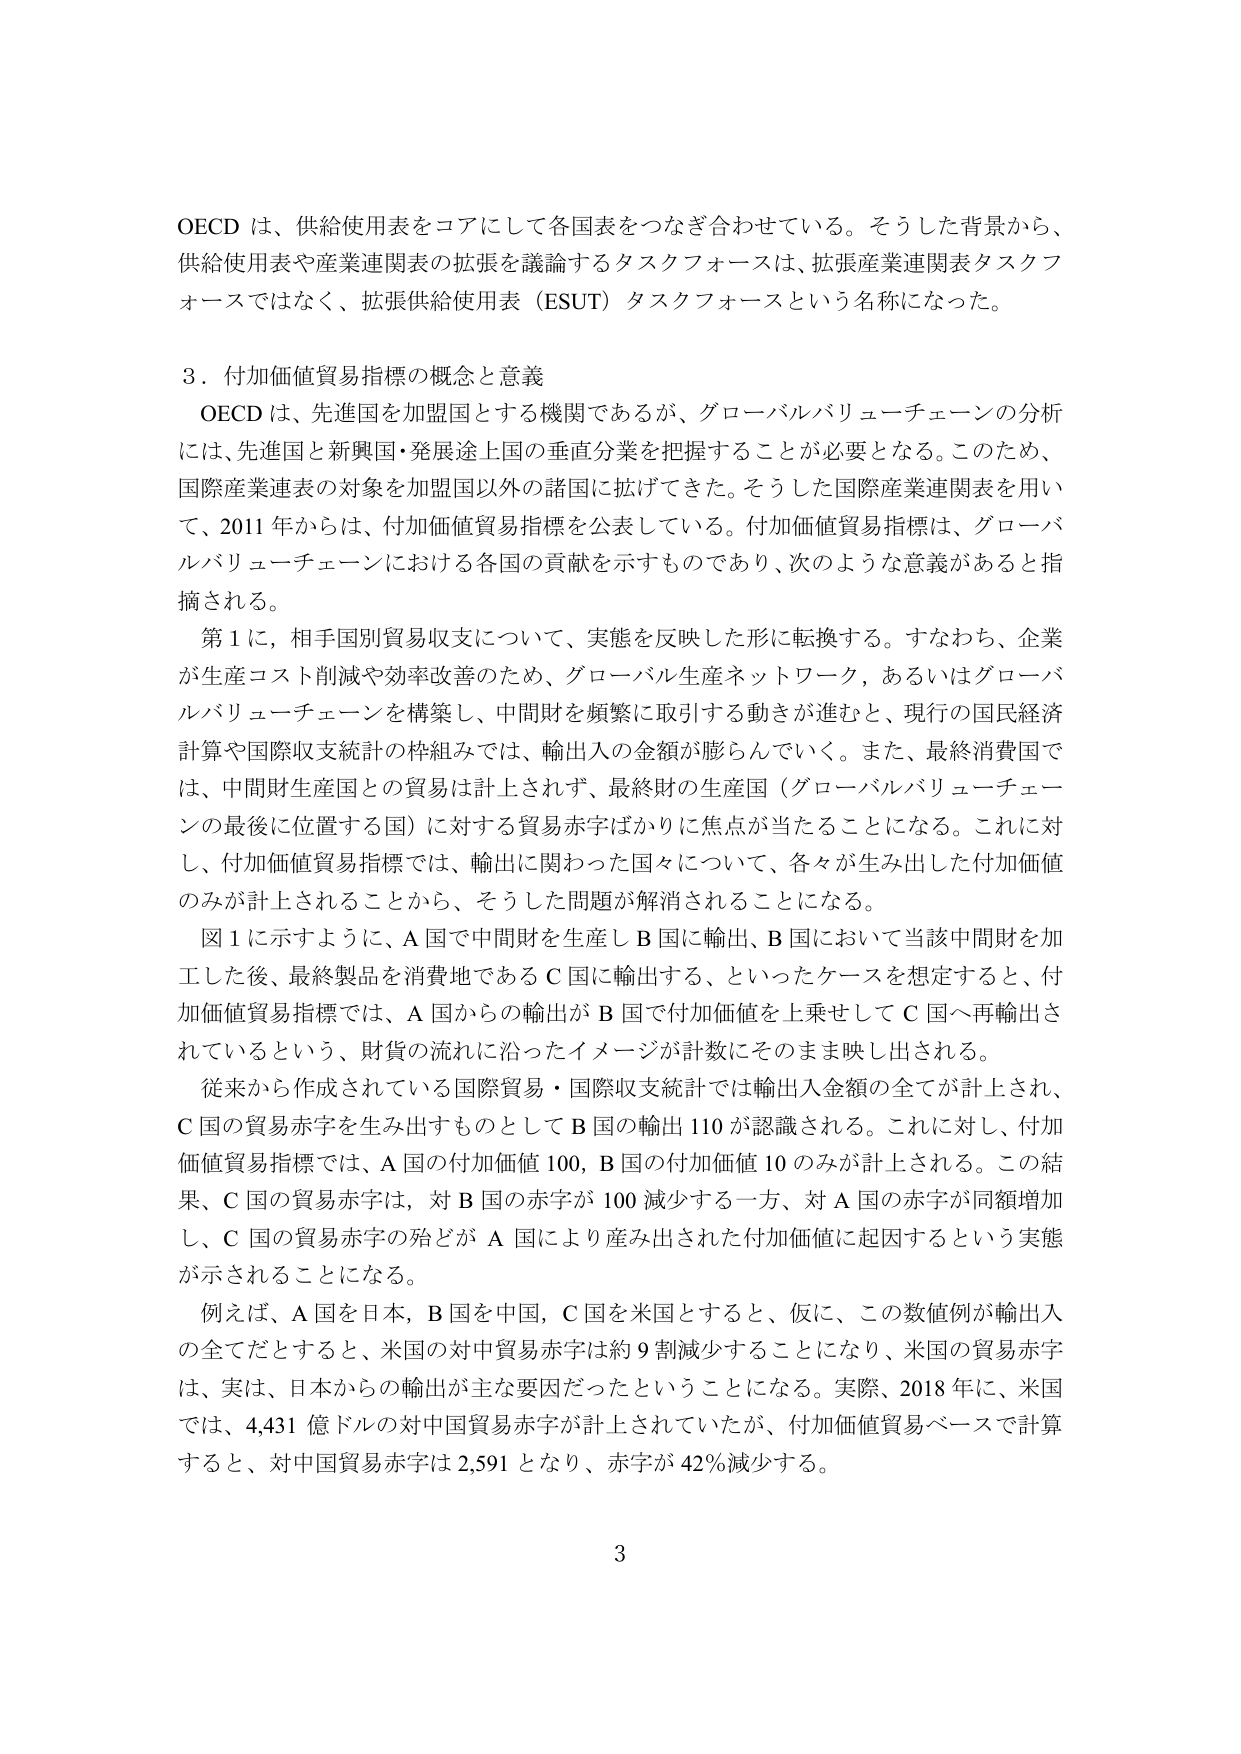
OECD は、供給使用表をコアにして各国表をつなぎ合わせている。そうした背景から、供給使用表や産業連関表の拡張を議論するタスクフォースは、拡張産業連関表タスクフォースではなく、拡張供給使用表（ESUT）タスクフォースという名称になった。

3．付加価値貿易指標の概念と意義

OECD は、先進国を加盟国とする機関であるが、グローバルバリューチェーンの分析には、先進国と新興国・発展途上国の垂直分業を把握することが必要となる。このため、国際産業連表の対象を加盟国以外の諸国に拡げてきた。そうした国際産業連関表を用いて、2011 年からは、付加価値貿易指標を公表している。付加価値貿易指標は、グローバルバリューチェーンにおける各国の貢献を示すものであり、次のような意義があると指摘される。

第1に、相手国別貿易収支について、実態を反映した形に転換する。すなわち、企業が生産コスト削減や効率改善のため、グローバル生産ネットワーク、あるいはグローバルバリューチェーンを構築し、中間財を頻繁に取引する動きが進むと、現行の国民経済計算や国際収支統計の枠組みでは、輸出入の金額が膨らんでいく。また、最終消費国では、中間財生産国との貿易は計上されず、最終財の生産国（グローバルバリューチェーンの最後に位置する国）に対する貿易赤字ばかりに焦点が当たることになる。これに対し、付加価値貿易指標では、輸出に関わった国々について、各々が生み出した付加価値のみが計上されることから、そうした問題が解消されることになる。

図1に示すように、A 国で中間財を生産し B 国に輸出、B 国において当該中間財を加工した後、最終製品を消費地である C 国に輸出する、といったケースを想定すると、付加価値貿易指標では、A 国からの輸出が B 国で付加価値を上乗せして C 国へ再輸出されているという、財貨の流れに沿ったイメージが計数にそのまま映し出される。

従来から作成されている国際貿易・国際収支統計では輸出入金額の全てが計上され、C 国の貿易赤字を生み出すものとして B 国の輸出 110 が認識される。これに対し、付加価値貿易指標では、A 国の付加価値 100、B 国の付加価値 10 のみが計上される。この結果、C 国の貿易赤字は、対 B 国の赤字が 100 減少する一方、対 A 国の赤字が同額増加し、C 国の貿易赤字の殆どが A 国により産み出された付加価値に起因するという実態が示されることになる。

例えば、A 国を日本、B 国を中国、C 国を米国とすると、仮に、この数値例が輸出入の全てだとすると、米国の対中貿易赤字は約 9 割減少することになり、米国の貿易赤字は、実は、日本からの輸出が主な要因だったということになる。実際、2018 年に、米国では、4,431 億ドルの対中国貿易赤字が計上されていたが、付加価値貿易ベースで計算すると、対中国貿易赤字は 2,591 となり、赤字が 42％減少する。

3